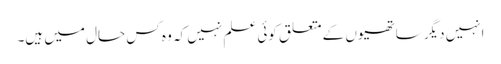
انہیں دیگر ساتھیوں کے متعلق کوئی علم نہیں کہ وہ کس حال میں ہیں۔